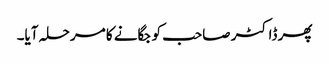
پھر ڈاکٹر صاحب کو جگانے کا مرحلہ آیا۔